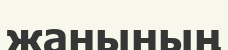
жанының